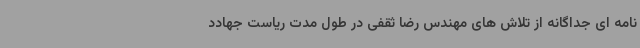
نامه ای جداگانه از تلاش های مهندس رضا ثقفی در طول مدت ریاست جهادد